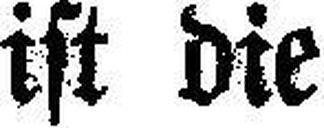
ist die